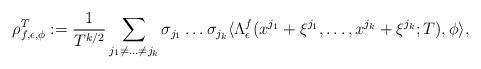
LaTeX: \begin{align*}\rho_{f,\epsilon,\phi}^T:=\frac{1}{T^{k/2}}\sum_{j_1 \neq \ldots \neq j_k}\sigma_{j_1}\ldots \sigma_{j_k}\langle \Lambda_\epsilon^f(x^{j_1}+\xi^{j_1},\ldots,x^{j_k}+\xi^{j_k};T),\phi \rangle,\end{align*}